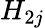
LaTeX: H_{2j}